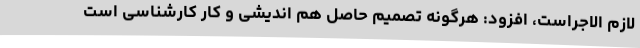
لازم الاجراست، افزود: هرگونه تصمیم حاصل هم اندیشی و کار کارشناسی است